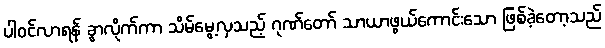
ပါဝင်လာရန် ခွာလိုက်ကာ သိမ်မွေ့လှသည့် ဂုဏ်တော် သာယာဖွယ်ကောင်းသော ဖြစ်ခဲ့တော့သည်